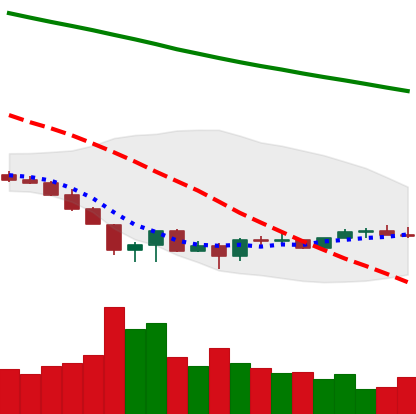
Ticker: EOS-USD
Chart end date: 2022-06-27
Forward return: -4.831%
Label: down_3_5